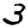
Digit: 3